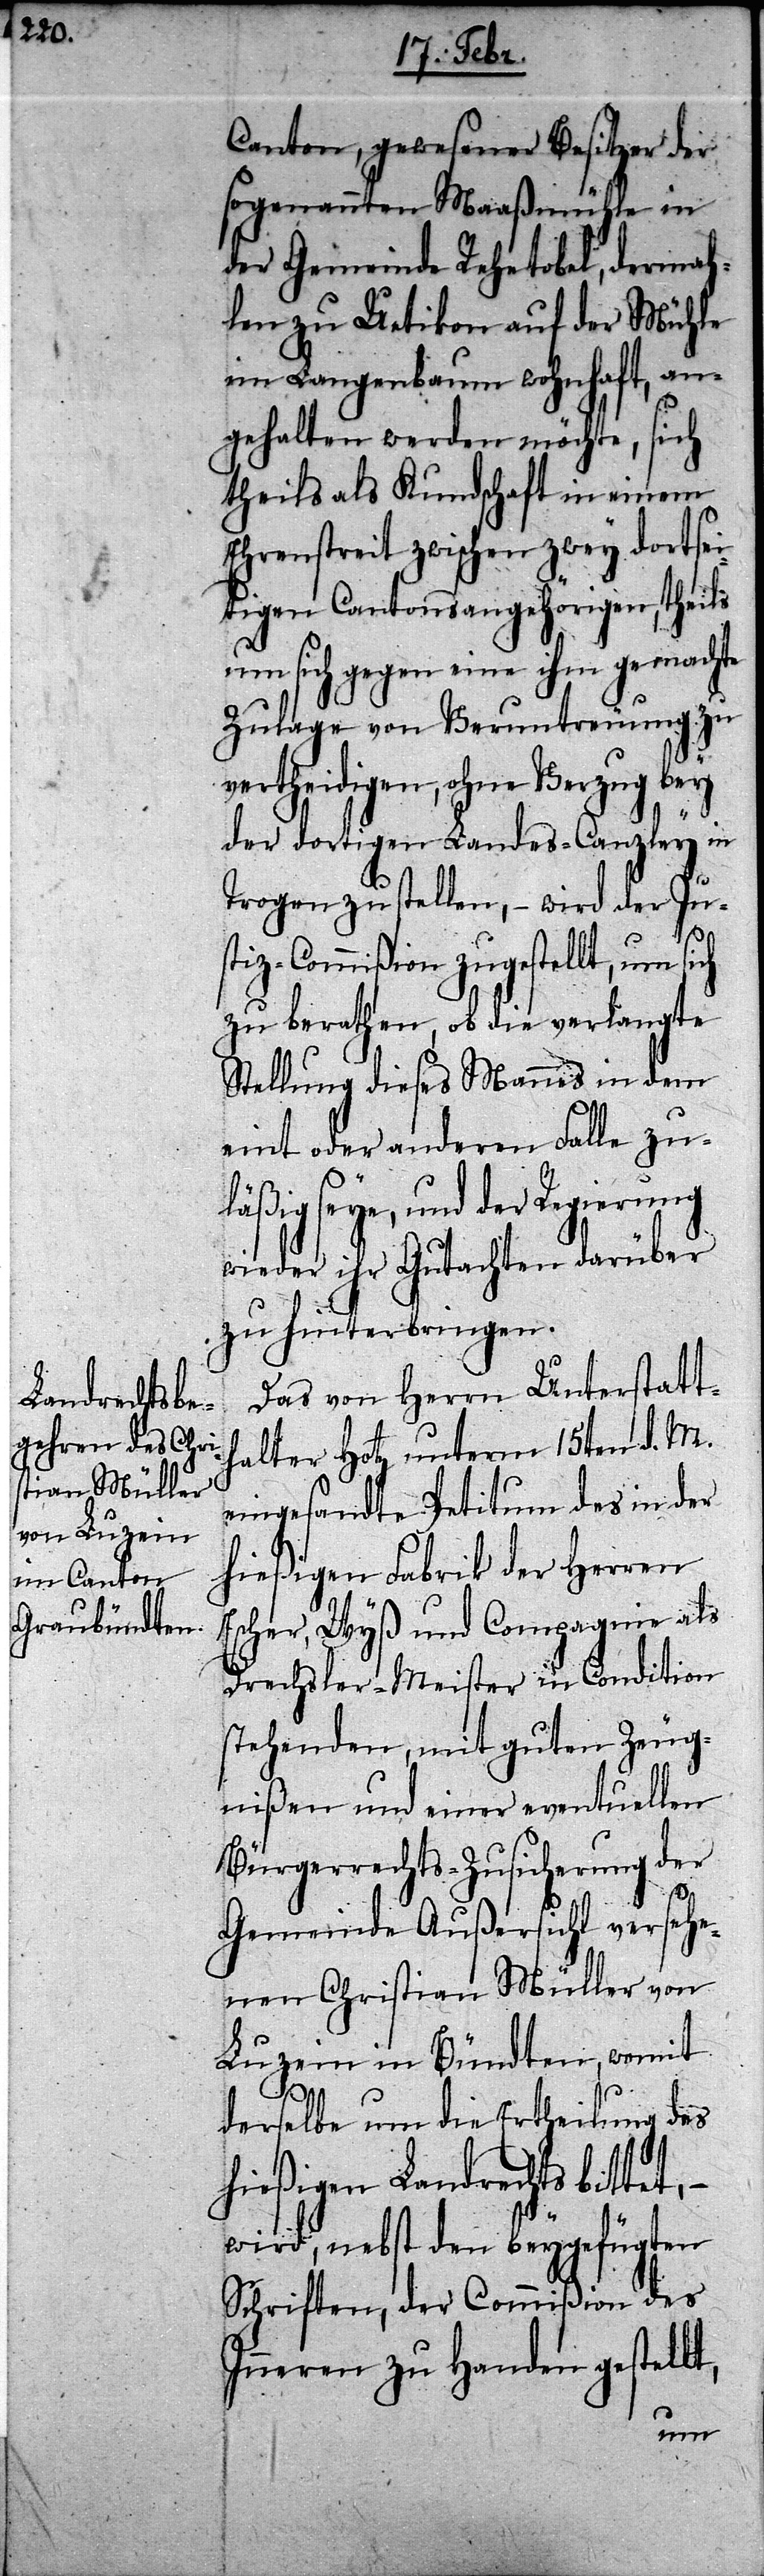
Canton, gewesener Besitzer der
sogenannten Maaßmühle in
der Gemeinde Rehetobel, dermah¬
len zu Uetikon auf der Mühle
im Langenbaum wohnhaft, an¬
gehalten werden möchte, sich
theils als Kundschaft in einem
Ehrenstreit zwischen zwey dortsei¬
tigen Cantonsangehörigen, theils
um sich gegen eine ihm gemachte
Zulage von Veruntreuung zu
vertheidigen, ohne Verzug bey
der dortigen Landes-Canzley in
Trogen zu stellen, – wird der Ju¬
stiz-Commißion zugestellt, um sich
zu berathen, ob die verlangte
Stellung dieses Mannes in dem
eint oder anderen Falle zu¬
ßig seye, und der Regierung
wieder ihr Gutachten darüber
zu hinterbringen.
Das von Herrn Unterstatt¬
halter Hotz unterm 15ten d. M.
eingesandte Petitum des in der
hießigen Fabrik der Herren
Escher, Wyß und Compagnie als
Drechsler-Meister in Condition
stehenden, mit guten Zeug¬
nißen und einer eventuellen
Bürgerrechts-Zusicherung der
t,
Gemeinde Außersihl versehe¬
nen Christian Müller von
Luzein in Bündten, womit
derselbe um die Ertheilung des
hießigen Landrechts bitt¬
wird, nebst den beygefügten
Schriften, der Commißion des
Inneren zu Handen gestell¬